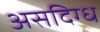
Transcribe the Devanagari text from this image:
असदिग्ध